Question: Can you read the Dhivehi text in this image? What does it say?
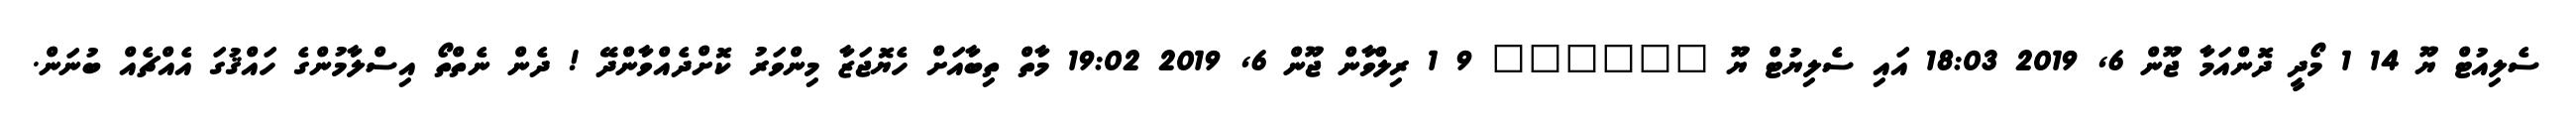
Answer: ސެލިއުޓް ޔޫ 14 1 މޯދީ ދޮންއަމާ ޖޫން 6, 2019 18:03 އައި ސެލިޔުޓް ޔޫ ?????? 9 1 ރިލްވާން ޖޫން 6, 2019 19:02 މާތް ތިބާއަށް ހެޔޮޖަޒާ މިންވަރު ކޮށްދެއްވާންދޭ ! ދެން ނެތްތޯ އިސްލާމުންގެ ހައްޤުގަ އެއްޗެއް ބުނަން.